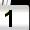
Digit: 1